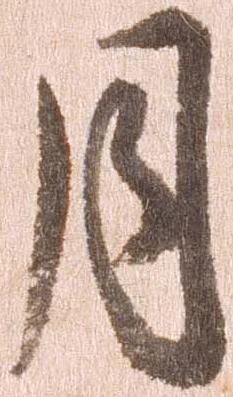
月